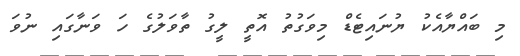
މި ބައްޔާއެކު ޔުނައިޓެޑް މިވަގުތު އޮތީ ލީގު ތާވަލުގެ ހަ ވަނާގައި ނުވަ